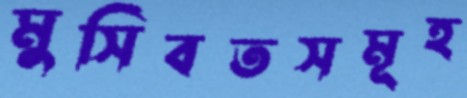
মুসিবতসমূহ